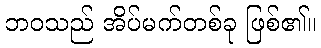
ဘဝသည် အိပ်မက်တစ်ခု ဖြစ်၏။